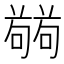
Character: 𭋘